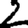
Digit: 2